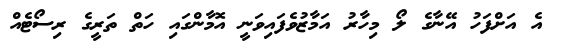
އެ އަށްފަހު އޭނާގެ ލޯ މިހާރު އަމާޒުވެފައިވަނީ އޮމާންގައި ހަތް ތަރީގެ ރިސޯޓެއް